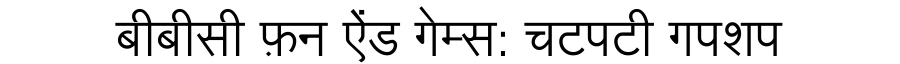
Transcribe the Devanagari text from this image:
बीबीसी फ़न ऐंड गेम्स: चटपटी गपशप